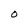
Character: O